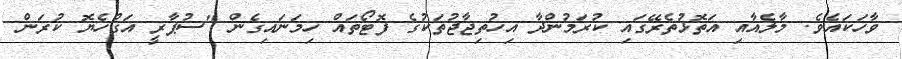
ވާހަކައެވެ. މާލެއާއި އަތޮޅުތެރޭގައި ކުރަމުންދާ އިހުތިޖާޖުތަކުގެ ފޮޓޯތައް ހިމަނައިގެން "ސުޕާރީ އަގުހެޔޮ ކުރަން